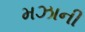
મઝાની